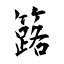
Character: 簬